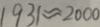
1 9 3 1 \approx 2 0 0 0